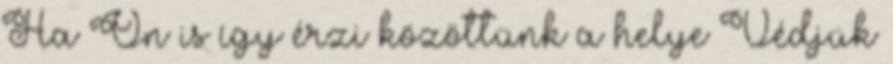
Ha Ön is így érzi közöttünk a helye Védjük